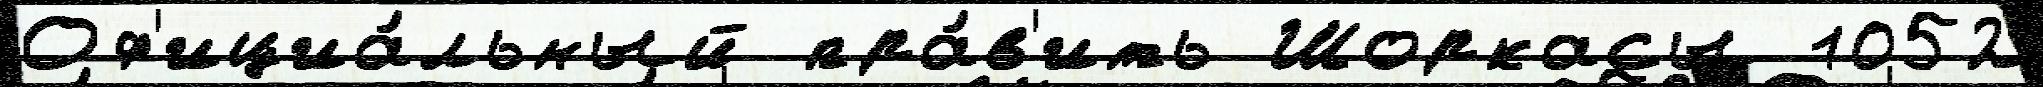
Оф'ициа́льный пра́в'ить Шоркасы 1052